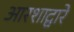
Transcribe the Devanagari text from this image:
आरशाद्वारे